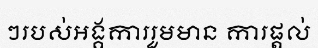
ៗរបស់អង្គការរួមមាន ការផ្តល់